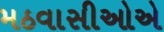
મઠવાસીઓએ